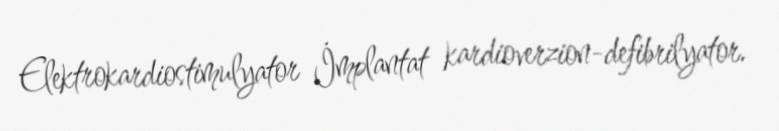
Elektrokardiostimulyator İmplantat kardioverzion-defibrilyator.